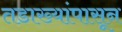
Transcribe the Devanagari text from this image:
तडाख्यांपासून